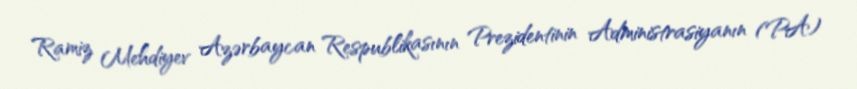
Ramiz Mehdiyev Azərbaycan Respublikasının Prezidentinin Administrasiyanın (PA)